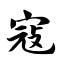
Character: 寇